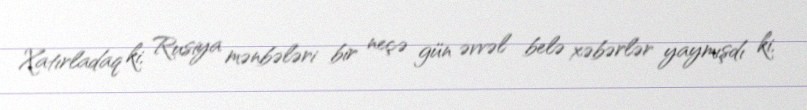
Xatırladaq ki, Rusiya mənbələri bir neçə gün əvvəl belə xəbərlər yaymışdı ki,